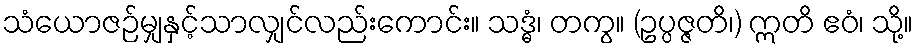
သံယောဇဉ်မျှနှင့်သာလျှင်လည်းကောင်း။ သဒ္ဓံ၊ တကွ။ (ဥပ္ပဇ္ဇတိ၊) ဣတိ ဧဝံ၊ သို့။